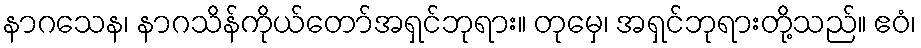
နာဂသေန၊ နာဂသိန်ကိုယ်တော်အရှင်ဘုရား။ တုမှေ၊ အရှင်ဘုရားတို့သည်။ ဧဝံ၊